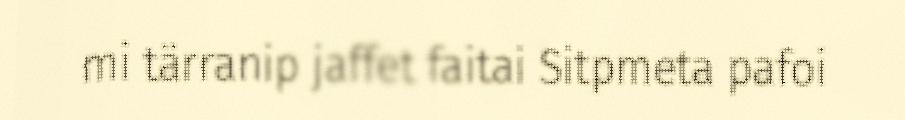
mi tärranip jaffet faitai Sitpmeta pafoi